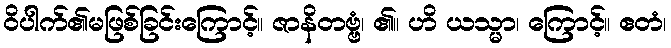
ဝိပါက်၏မဖြစ်ခြင်းကြောင့်။ ဇာနိတဗ္ဗံ၊ ၏။ ဟိ ယသ္မာ၊ ကြောင့်။ ဧတံ၊